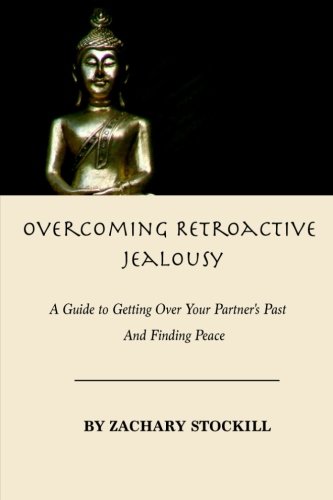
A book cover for Overcoming Retroactive Jealousy: A Guide to Getting Over Your Partner's Past and Finding Peace; Zachary Stockill; Self-Help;